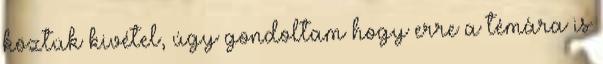
köztük kivétel, úgy gondoltam hogy erre a témára is